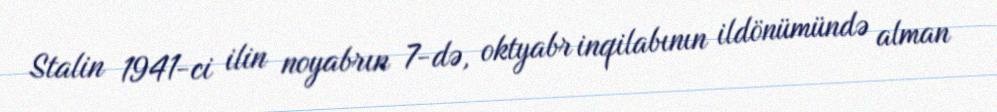
Stalin 1941-ci ilin noyabrın 7-də, oktyabr inqilabının ildönümündə alman